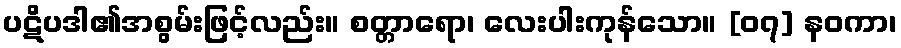
ပဋိပဒါ၏အစွမ်းဖြင့်လည်း။ စတ္တာရော၊ လေးပါးကုန်သော။ [၀၇] နဝကာ၊